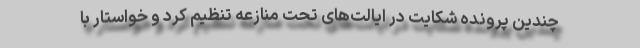
چندین پرونده شکایت در ایالت‌های تحت منازعه تنظیم کرد و خواستار با